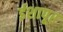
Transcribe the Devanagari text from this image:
ईशापूर